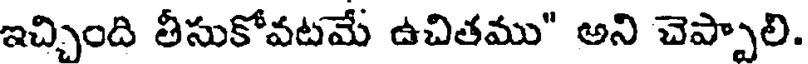
ఇచ్చింది తీసుకోవటమే ఉచితము" అని చెప్పాలి.